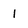
Character: I